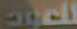
للعود